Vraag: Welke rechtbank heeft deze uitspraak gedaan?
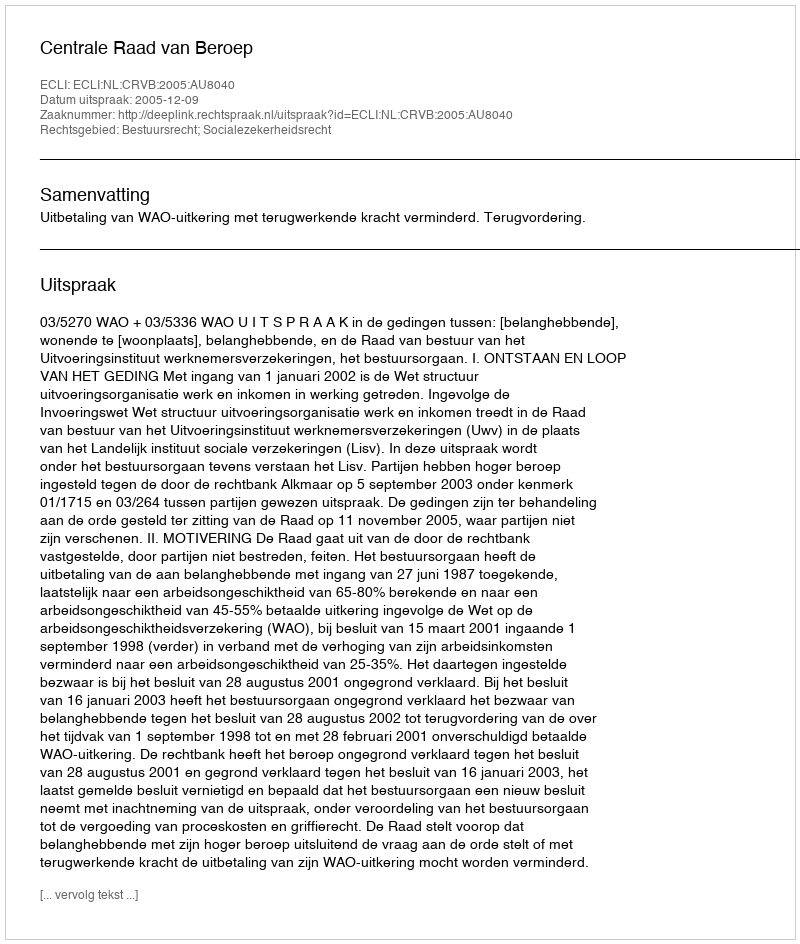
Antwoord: Centrale Raad van Beroep